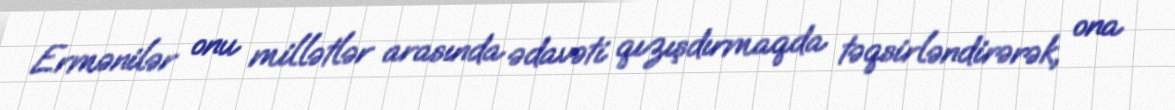
Ermənilər onu millətlər arasında ədavəti qızışdırmaqda təqsirləndirərək, ona